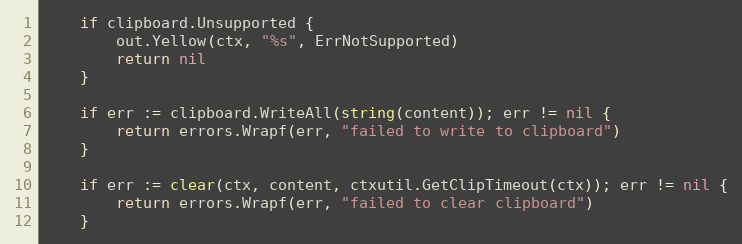
Language: Go
	if clipboard.Unsupported {
		out.Yellow(ctx, "%s", ErrNotSupported)
		return nil
	}

	if err := clipboard.WriteAll(string(content)); err != nil {
		return errors.Wrapf(err, "failed to write to clipboard")
	}

	if err := clear(ctx, content, ctxutil.GetClipTimeout(ctx)); err != nil {
		return errors.Wrapf(err, "failed to clear clipboard")
	}